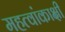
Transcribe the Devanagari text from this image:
महत्वांकाक्षी